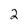
Character: 2